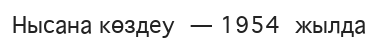
Нысана көздеу — 1954 жылда